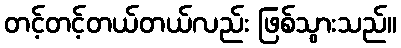
တင့်တင့်တယ်တယ်လည်း ဖြစ်သွားသည်။